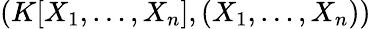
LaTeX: (K[X_{1},\dots,X_{n}],(X_{1},\dots,X_{n}))